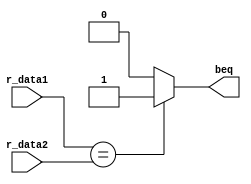
//////////////Branch_Comparator///////////////
`timescale 1ps / 1ps
module branch_comp(r_data1,r_data2,beq);
output reg  beq ;
input [31:0] r_data1,r_data2;

always @(*)
begin #10
if (r_data1 == r_data2)	
	beq = 1 ; 
else
	beq =0 ; 
end
endmodule